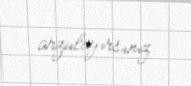
arzulayırsınız.